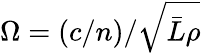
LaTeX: \Omega=(c/n)/\sqrt{\bar{L}\rho}